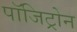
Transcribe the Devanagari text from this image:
पॉजिट्रोन